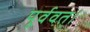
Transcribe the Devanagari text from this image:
पूर्ववत्।